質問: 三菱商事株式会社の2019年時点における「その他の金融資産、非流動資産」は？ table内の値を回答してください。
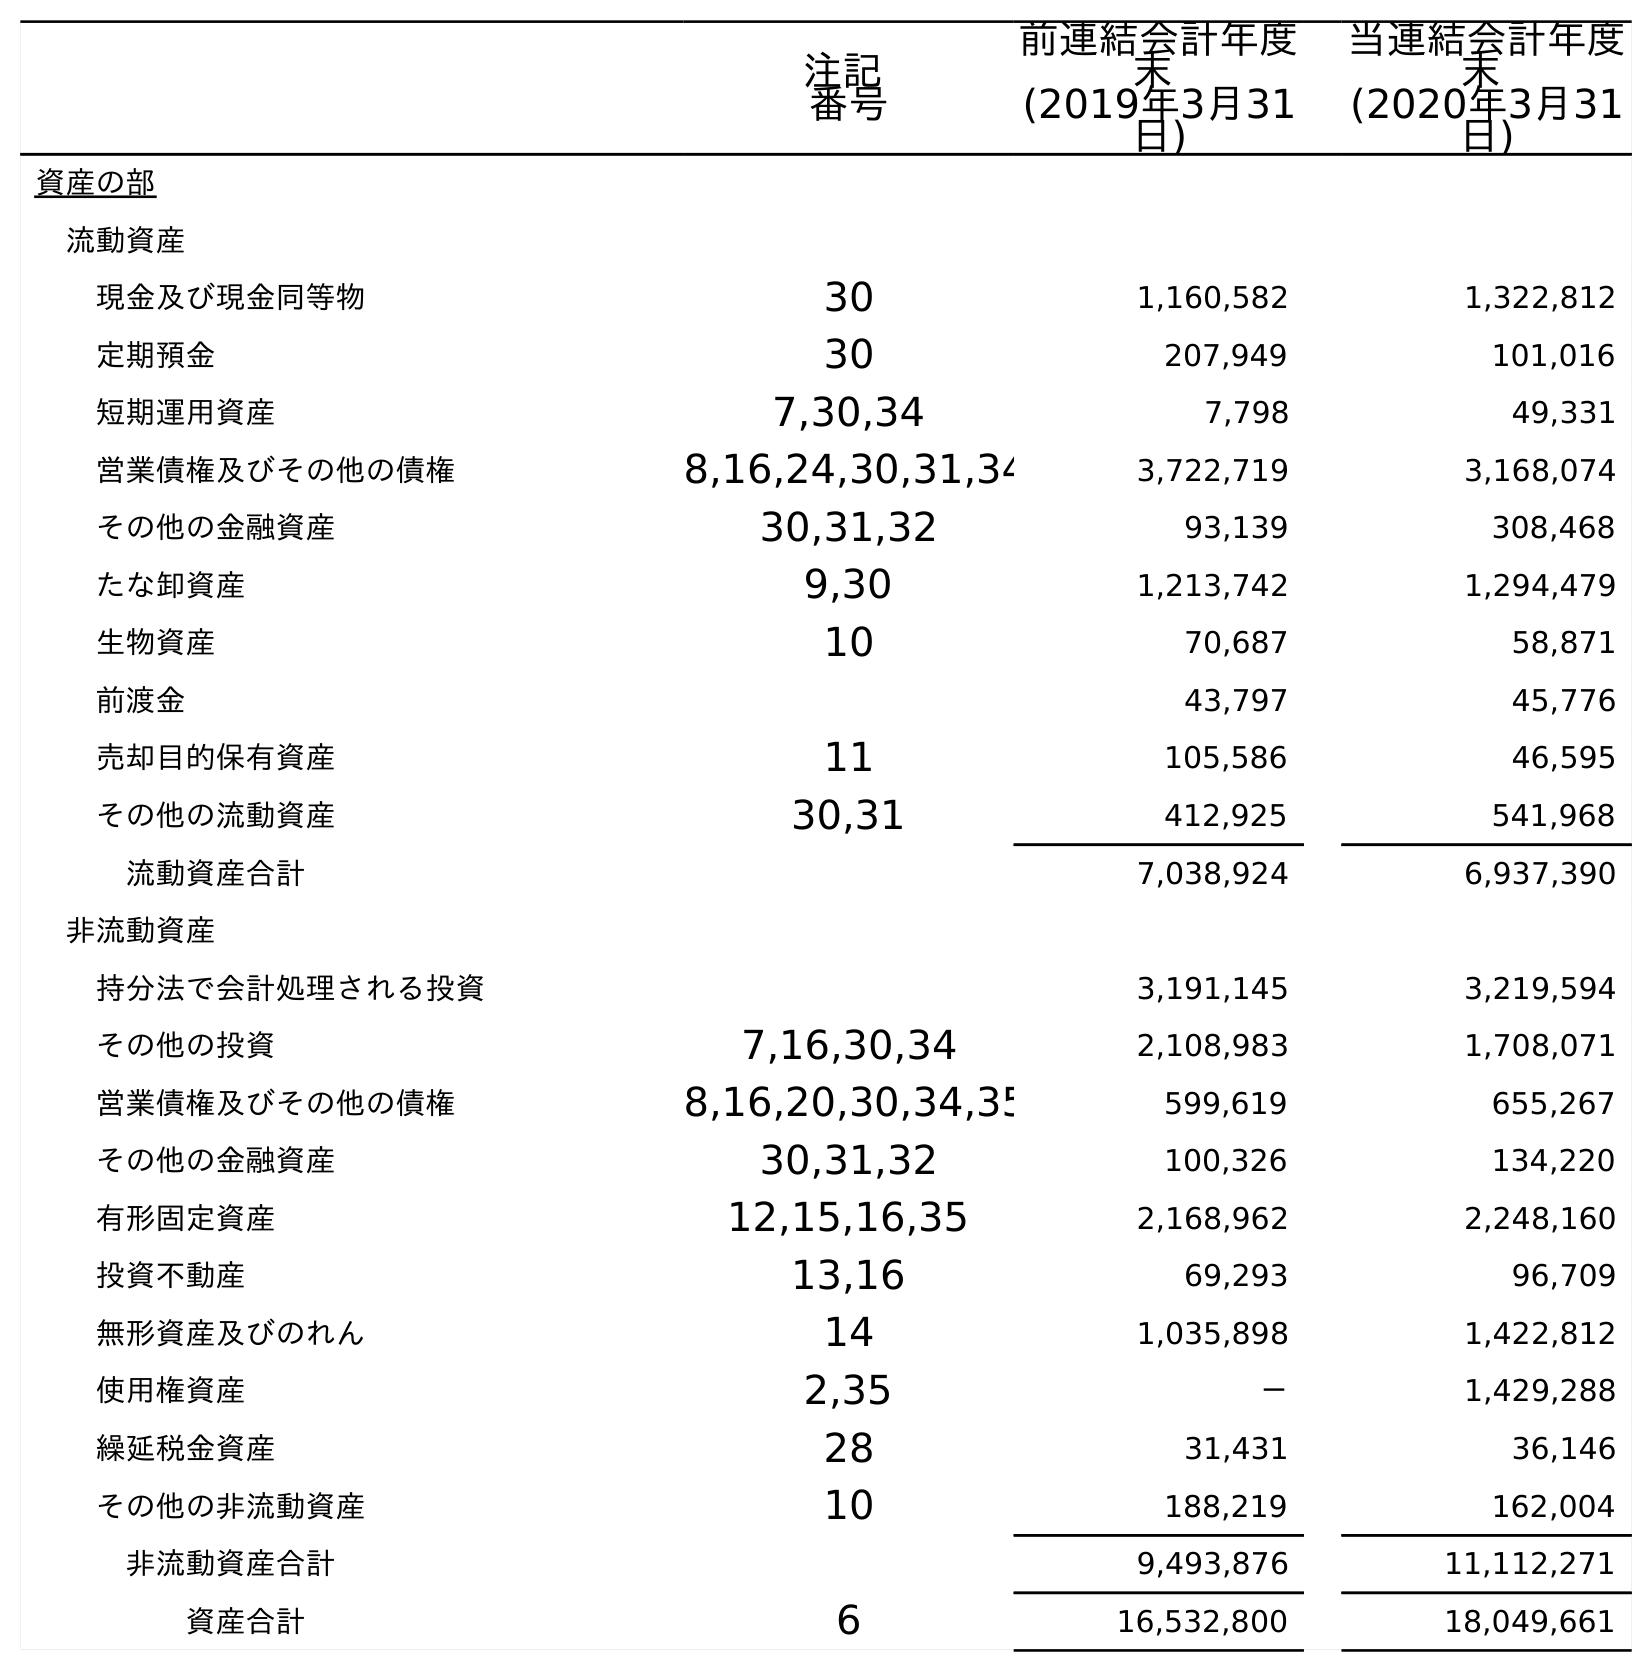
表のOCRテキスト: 注記 番号 前連結会計年度 末 (2019年3月31 日) 当連結会計年度 末 (2020年3月31 日) 資産の部 流動資産 現金及び現金同等物 30 1,160,582 1,322,812 定期預金 30 207,949 101,016 短期運用資産 7,30,34 7,798 49,331 営業債権及びその他の債権 8,16,24,30,31,34 3,722,719 3,168,074 その他の金融資産 30,31,32 93,139 308,468 たな卸資産 9,30 1,213,742 1,294,479 生物資産 10 70,687 58,871 前渡金 43,797 45,776 売却目的保有資産 11 105,586 46,595 その他の流動資産 30,31 412,925 541,968 流動資産合計 7,038,924 6,937,390 非流動資産 持分法で会計処理される投資 3,191,145 3,219,594 その他の投資 7,16,30,34 2,108,983 1,708,071 営業債権及びその他の債権 8,16,20,30,34,35 599,619 655,267 その他の金融資産 30,31,32 100,326 134,220 有形固定資産 12,15,16,35 2,168,962 2,248,160 投資不動産 13,16 69,293 96,709 無形資産及びのれん 14 1,035,898 1,422,812 使用権資産 2,35 － 1,429,288 繰延税金資産 28 31,431 36,146 その他の非流動資産 10 188,219 162,004 非流動資産合計 9,493,876 11,112,271 資産合計 6 16,532,800 18,049,661
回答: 100,326